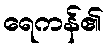
ရေကန်၏